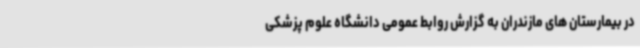
در بیمارستان های مازندران به گزارش روابط عمومی دانشگاه علوم پزشکی